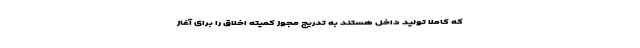
که کاملا تولید داخل هستند به تدریج مجوز کمیته اخلاق را برای آغاز